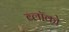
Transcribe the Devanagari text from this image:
ब्लॉको